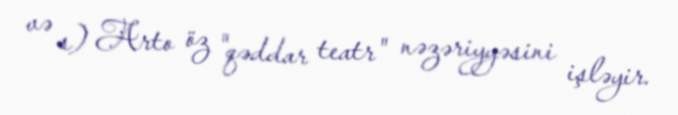
və s) Arto öz "qəddar teatr" nəzəriyyəsini işləyir.